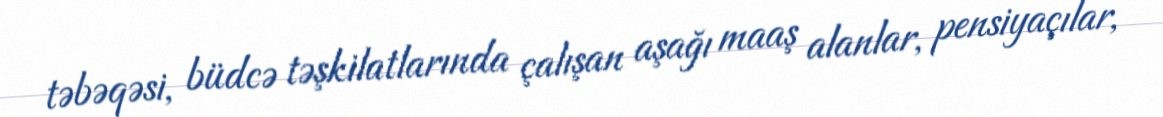
təbəqəsi, büdcə təşkilatlarında çalışan aşağı maaş alanlar, pensiyaçılar,